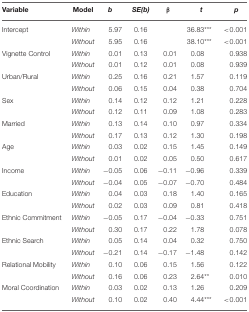
<table><thead><tr><td><b>Variable</b></td><td><b>Model</b></td><td><b><i>b</i></b></td><td><b><i>SE(b)</i></b></td><td><b>β</b></td><td><b><i>t</i></b></td><td><b><i>p</i></b></td></tr></thead><tbody><tr><td>Intercept</td><td><i>Within</i></td><td>5.97</td><td>0.16</td><td></td><td>36.83<sup>***</sup></td><td>&lt;0.001</td></tr><tr><td></td><td><i>Without</i></td><td>5.95</td><td>0.16</td><td></td><td>38.10<sup>***</sup></td><td>&lt;0.001</td></tr><tr><td>Vignette Control</td><td><i>Within</i></td><td>0.01</td><td>0.13</td><td>0.01</td><td>0.08</td><td>0.938</td></tr><tr><td></td><td><i>Without</i></td><td>0.01</td><td>0.12</td><td>0.01</td><td>0.08</td><td>0.939</td></tr><tr><td>Urban/Rural</td><td><i>Within</i></td><td>0.25</td><td>0.16</td><td>0.21</td><td>1.57</td><td>0.119</td></tr><tr><td></td><td><i>Without</i></td><td>0.06</td><td>0.15</td><td>0.04</td><td>0.38</td><td>0.704</td></tr><tr><td>Sex</td><td><i>Within</i></td><td>0.14</td><td>0.12</td><td>0.12</td><td>1.21</td><td>0.228</td></tr><tr><td></td><td><i>Without</i></td><td>0.12</td><td>0.11</td><td>0.09</td><td>1.08</td><td>0.283</td></tr><tr><td>Married</td><td><i>Within</i></td><td>0.13</td><td>0.14</td><td>0.10</td><td>0.97</td><td>0.334</td></tr><tr><td></td><td><i>Without</i></td><td>0.17</td><td>0.13</td><td>0.12</td><td>1.30</td><td>0.198</td></tr><tr><td>Age</td><td><i>Within</i></td><td>0.03</td><td>0.02</td><td>0.15</td><td>1.45</td><td>0.149</td></tr><tr><td></td><td><i>Without</i></td><td>0.01</td><td>0.02</td><td>0.05</td><td>0.50</td><td>0.617</td></tr><tr><td>Income</td><td><i>Within</i></td><td>−0.05</td><td>0.06</td><td>−0.11</td><td>−0.96</td><td>0.339</td></tr><tr><td></td><td><i>Without</i></td><td>−0.04</td><td>0.05</td><td>−0.07</td><td>−0.70</td><td>0.484</td></tr><tr><td>Education</td><td><i>Within</i></td><td>0.04</td><td>0.03</td><td>0.18</td><td>1.40</td><td>0.165</td></tr><tr><td></td><td><i>Without</i></td><td>0.02</td><td>0.03</td><td>0.09</td><td>0.81</td><td>0.418</td></tr><tr><td>Ethnic Commitment</td><td><i>Within</i></td><td>−0.05</td><td>0.17</td><td>−0.04</td><td>−0.33</td><td>0.751</td></tr><tr><td></td><td><i>Without</i></td><td>0.30</td><td>0.17</td><td>0.22</td><td>1.78</td><td>0.078</td></tr><tr><td>Ethnic Search</td><td><i>Within</i></td><td>0.05</td><td>0.14</td><td>0.04</td><td>0.32</td><td>0.750</td></tr><tr><td></td><td><i>Without</i></td><td>−0.21</td><td>0.14</td><td>−0.17</td><td>−1.48</td><td>0.142</td></tr><tr><td>Relational Mobility</td><td><i>Within</i></td><td>0.10</td><td>0.06</td><td>0.15</td><td>1.56</td><td>0.122</td></tr><tr><td></td><td><i>Without</i></td><td>0.16</td><td>0.06</td><td>0.23</td><td>2.64<sup>**</sup></td><td>0.010</td></tr><tr><td>Moral Coordination</td><td><i>Within</i></td><td>0.03</td><td>0.02</td><td>0.13</td><td>1.26</td><td>0.209</td></tr><tr><td></td><td><i>Without</i></td><td>0.10</td><td>0.02</td><td>0.40</td><td>4.44<sup>***</sup></td><td>&lt;0.001</td></tr></tbody></table>